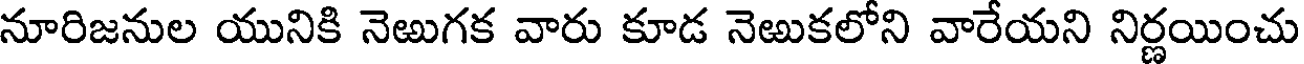
నూరిజనుల యునికి నెఱుగక వారు కూడ నెఱుకలోని వారేయని నిర్ణయించు